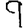
Digit: 9